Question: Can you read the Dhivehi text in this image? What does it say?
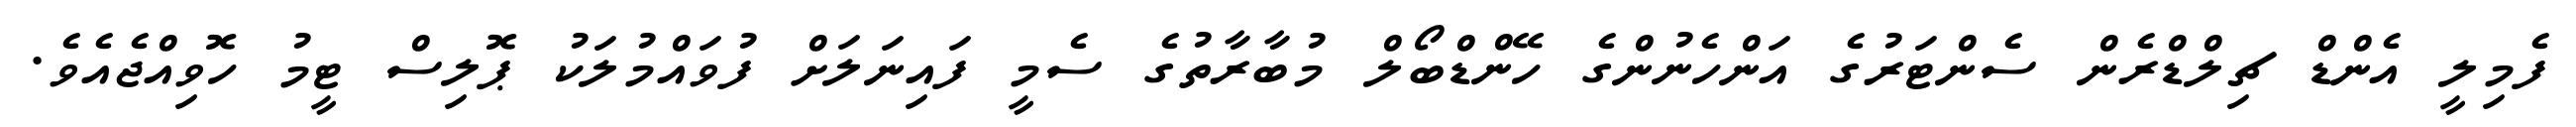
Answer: ފެމިލީ އެންޑް ޗިލްޑްރެން ސެންޓަރުގެ އަންހެނުންގެ ހޭންޑްބޯލް މުބާރާތުގެ ސެމީ ފައިނަލަށް ފުވައްމުލަކު ޕޮލިސް ޓީމު ހޮވިއްޖެއެވެ.